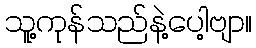
သူ့ကုန်သည်နဲ့ပေါ့ဗျာ။